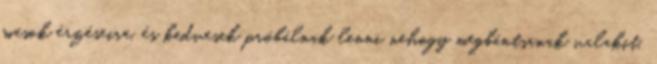
mások érzéseire, és kedvesek próbálnak lenni nehogy megbántsanak valakit.